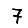
Digit: 7